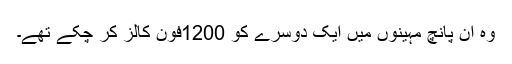
وہ ان پانچ مہینوں میں ایک دوسرے کو 1200فون کالز کر چکے تھے۔